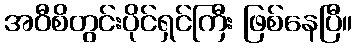
အဝီစိတွင်းပိုင်ရှင်ကြီး ဖြစ်နေပြီ။